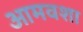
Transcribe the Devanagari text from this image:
आमवशा